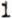
1